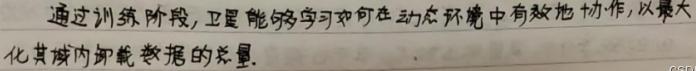
通过训练阶段,卫星能够学习如何在动态环境中有效地协作,以最大化其域内卸载数据的总量.